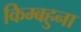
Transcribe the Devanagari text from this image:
किम्बहुना